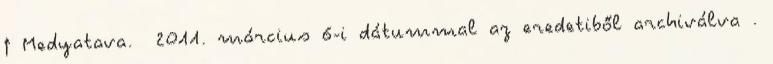
↑ Medyatava. 2011. március 6-i dátummal az eredetiből archiválva .